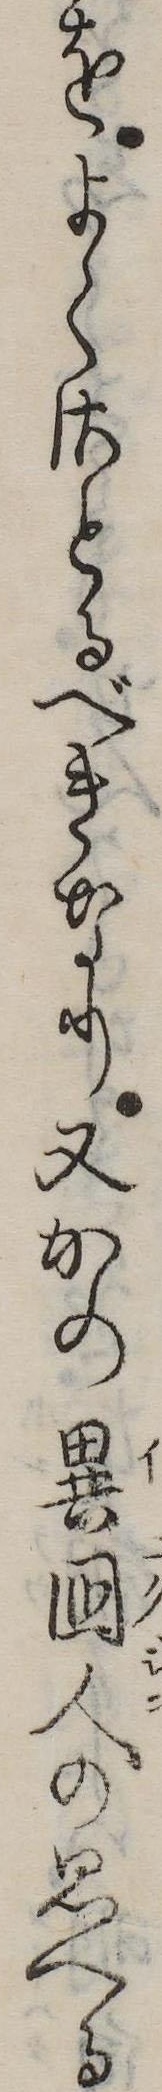
をよくさとるべきなり又かの異国人の思へる